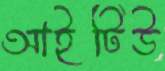
আইটিউ